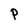
Character: P